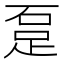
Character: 𨀂